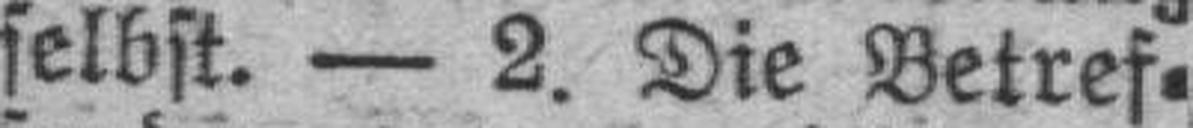
selbst. — 2. Die Betref¬